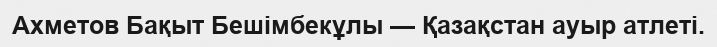
Ахметов Бақыт Бешімбекұлы — Қазақстан ауыр атлеті.